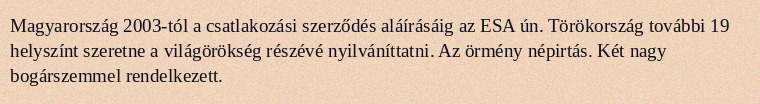
Magyarország 2003-tól a csatlakozási szerződés aláírásáig az ESA ún. Törökország további 19 helyszínt szeretne a világörökség részévé nyilváníttatni. Az örmény népirtás. Két nagy bogárszemmel rendelkezett.